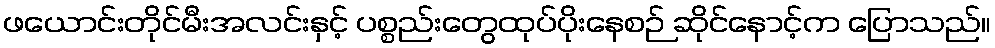
ဖယောင်းတိုင်မီးအလင်းနှင့် ပစ္စည်းတွေထုပ်ပိုးနေစဉ် ဆိုင်နောင့်က ပြောသည်။